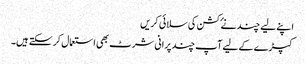
اپنے لیے چند نۓ کشن کی سلائی کریں
کپڑے کے لیے آپ چند پرانی شرٹ بھی استعمال کر سکتے ہیں۔